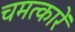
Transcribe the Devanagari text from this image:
चमत्कारें